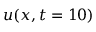
u ( x , t = 1 0 )